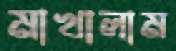
মাখালাম